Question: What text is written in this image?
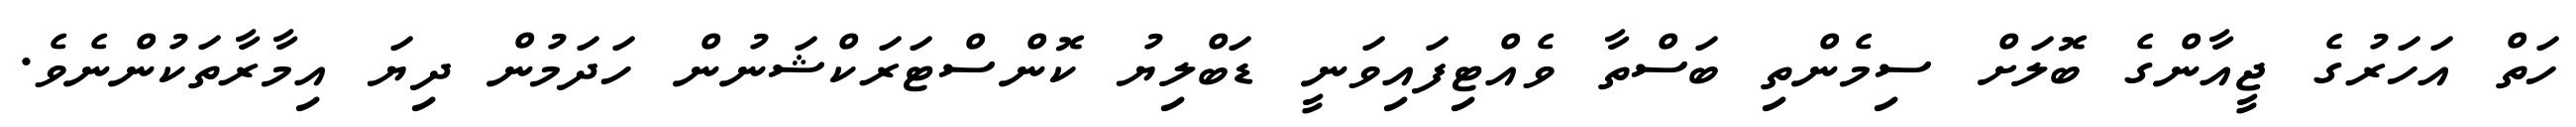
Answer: ހަތް އަހަރުގެ ޖީއާންގެ ބޮލަށް ސިމެންތި ބަސްތާ ވެއްޓިފައިވަނީ ޑަބްލިޔު ކޮންސްޓަރަކްޝަނުން ހަދަމުން ދިޔަ އިމާރާތަކުންނެވެ.